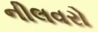
નીલવરો